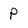
Character: P